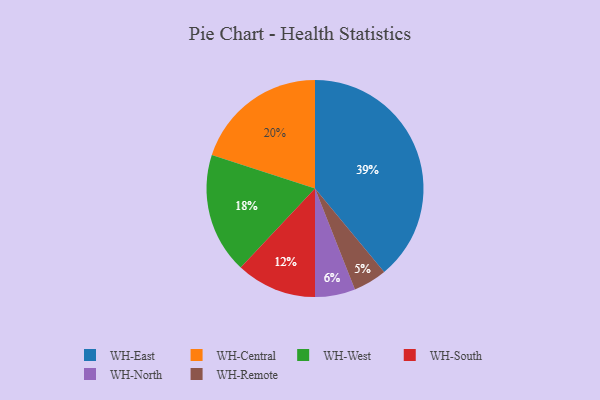
{"axis": {"x": "Category", "y": "Percentage"}, "legend": ["WH-Central", "WH-East", "WH-North", "WH-Remote", "WH-South", "WH-West"], "data": [{"x": "WH-Remote", "y": 5, "type": "WH-Remote"}, {"x": "WH-North", "y": 6, "type": "WH-North"}, {"x": "WH-East", "y": 39, "type": "WH-East"}, {"x": "WH-West", "y": 18, "type": "WH-West"}, {"x": "WH-South", "y": 12, "type": "WH-South"}, {"x": "WH-Central", "y": 20, "type": "WH-Central"}]}